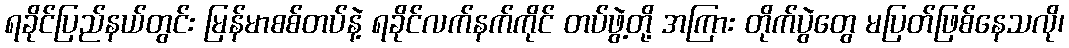
ရခိုင်ပြည်နယ်တွင်း မြန်မာစစ်တပ်နဲ့ ရခိုင်လက်နက်ကိုင် တပ်ဖွဲ့တို့ အကြား တိုက်ပွဲတွေ မပြတ်ဖြစ်နေသလို၊